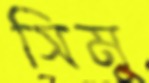
সিমু